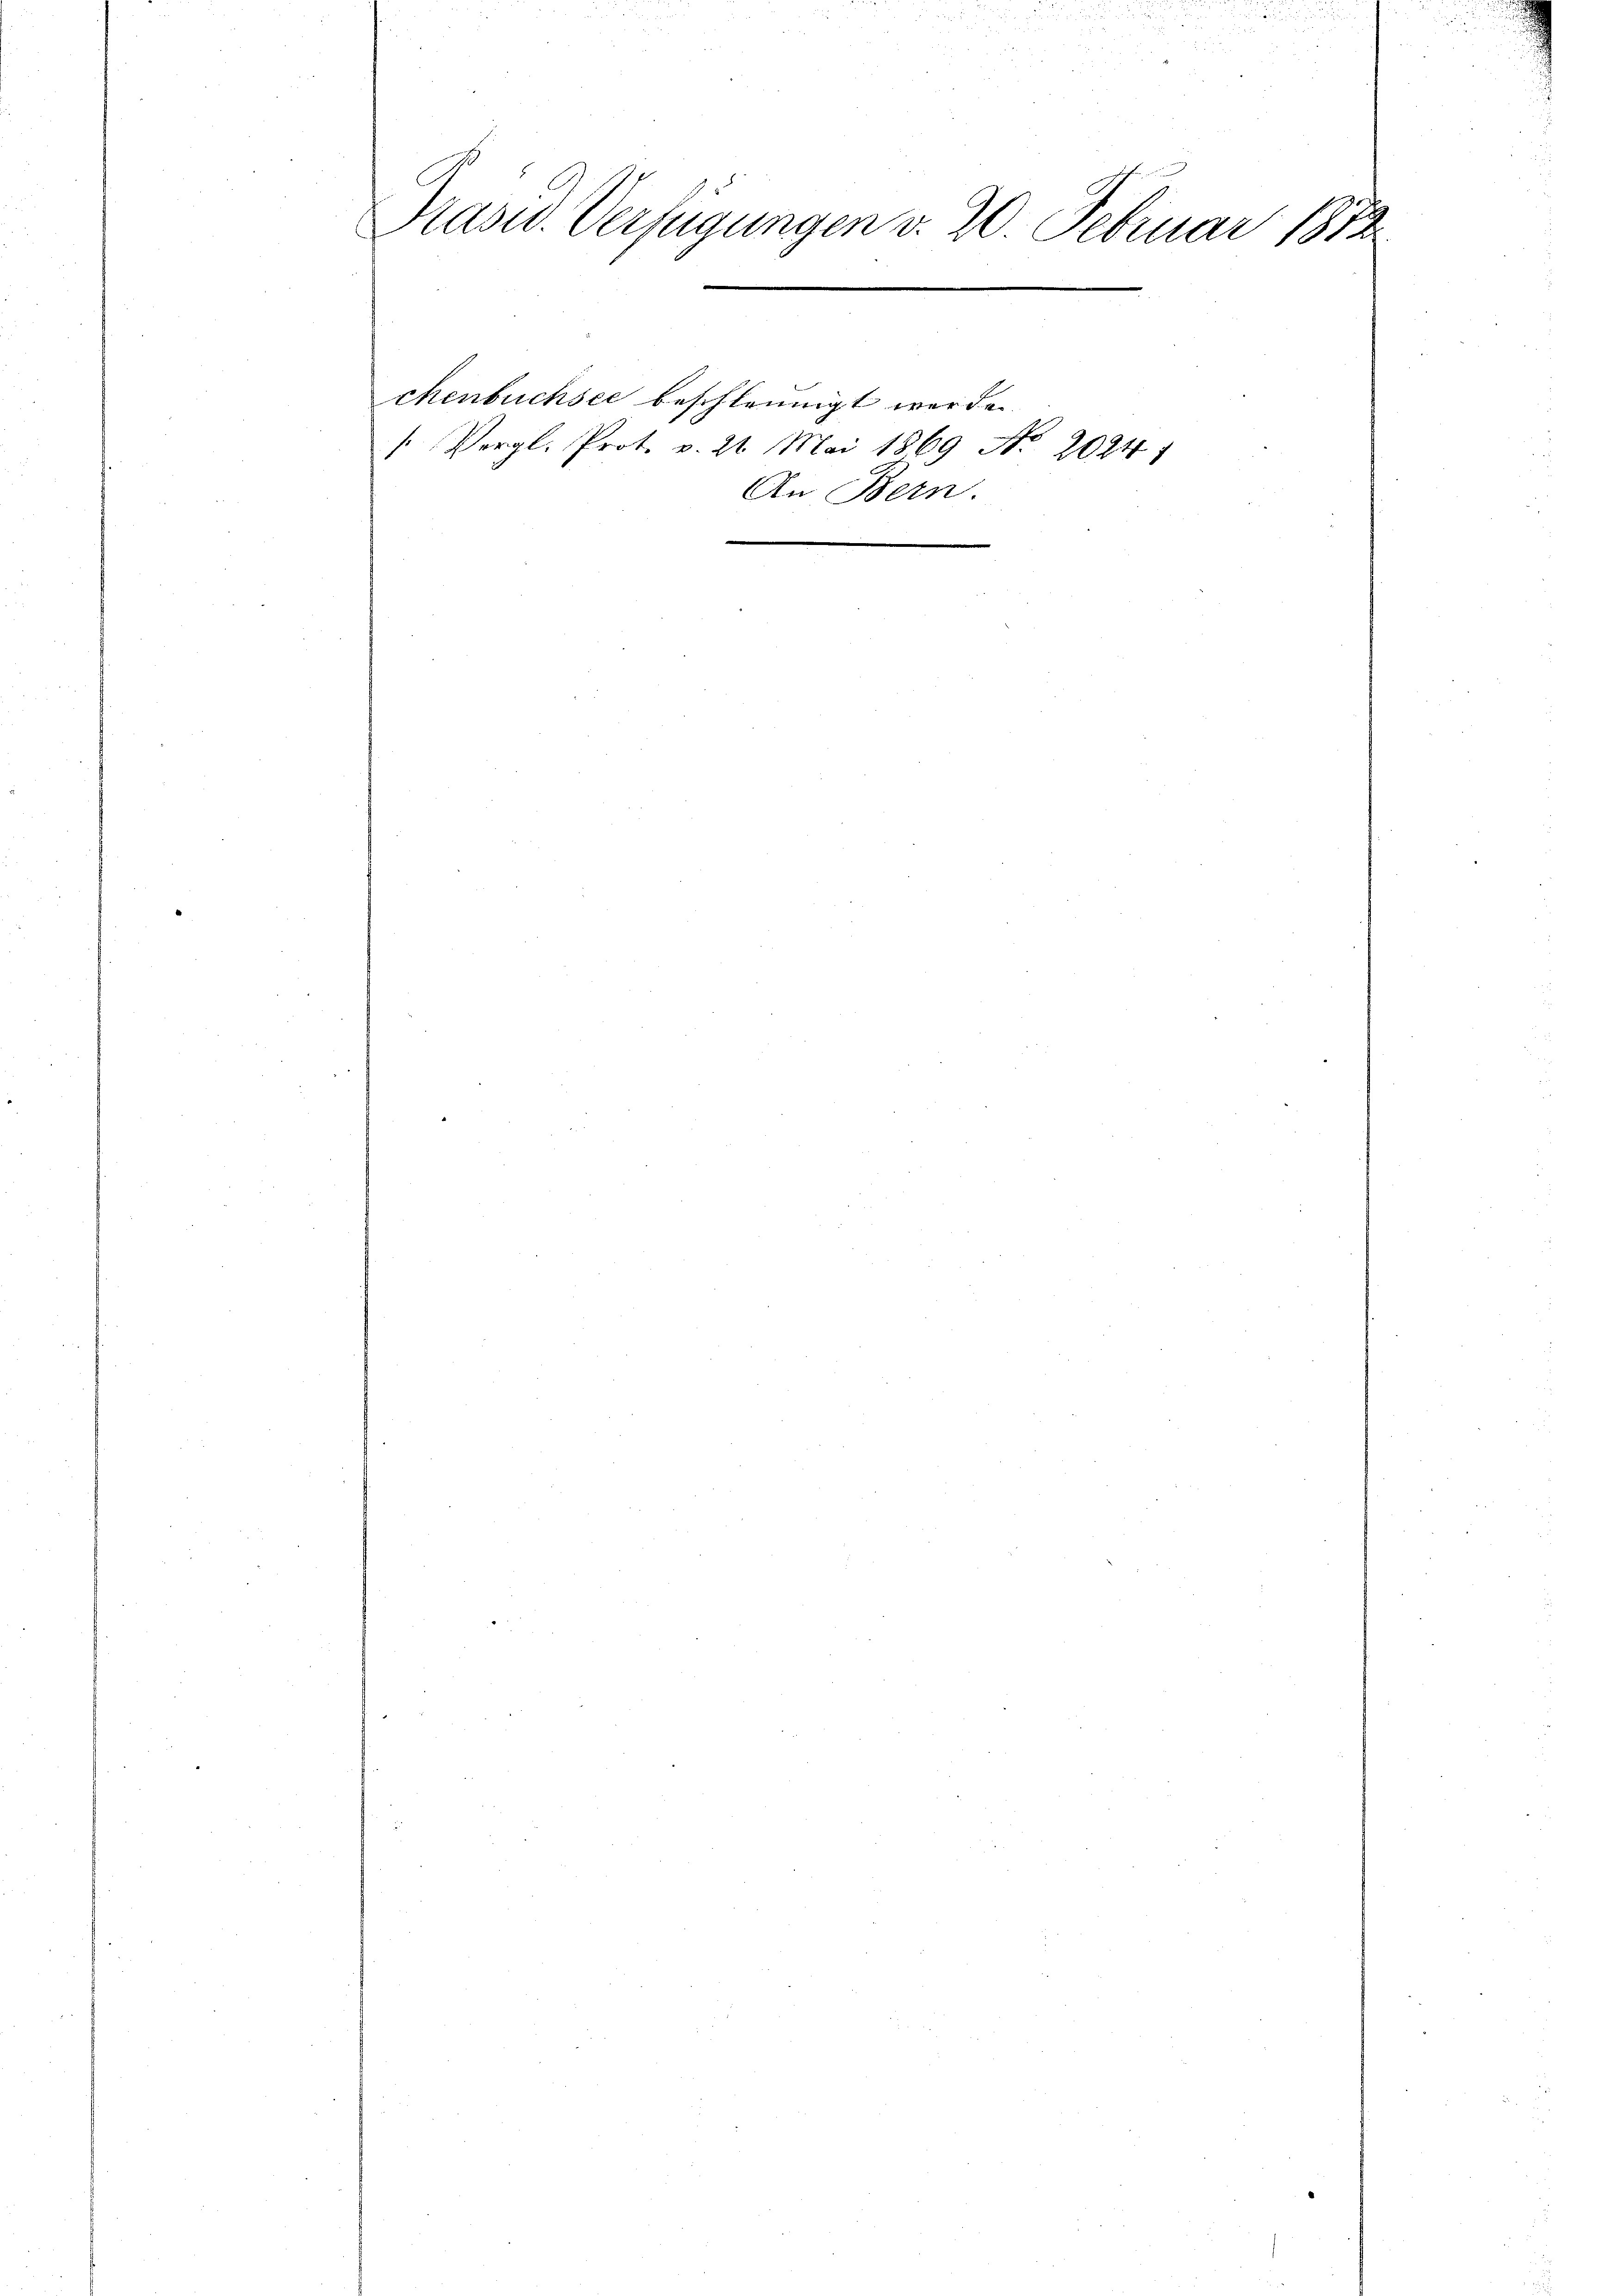
Präsid. Verfügungen d. 20. Februar 1812.

chenbüchsee beschleunigt werde.

[Vergl. Prot. v. 21. Mai 1869 No 2024
An Bern.

2